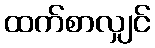
ထက်စာလျှင်